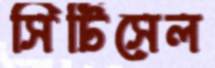
সিটিসেল